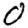
Digit: 0